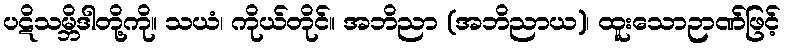
ပဋိသမ္ဘိဒါတို့ကို။ သယံ၊ ကိုယ်တိုင်။ အဘိညာ (အဘိညာယ)၊ ထူးသောဉာဏ်ဖြင့်